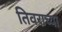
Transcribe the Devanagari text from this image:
तिवराच्या